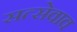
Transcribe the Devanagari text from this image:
सत्सेवाव